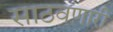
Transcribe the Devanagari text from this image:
साठवणारी